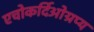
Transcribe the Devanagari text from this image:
एचोकर्दिओग्रप्य